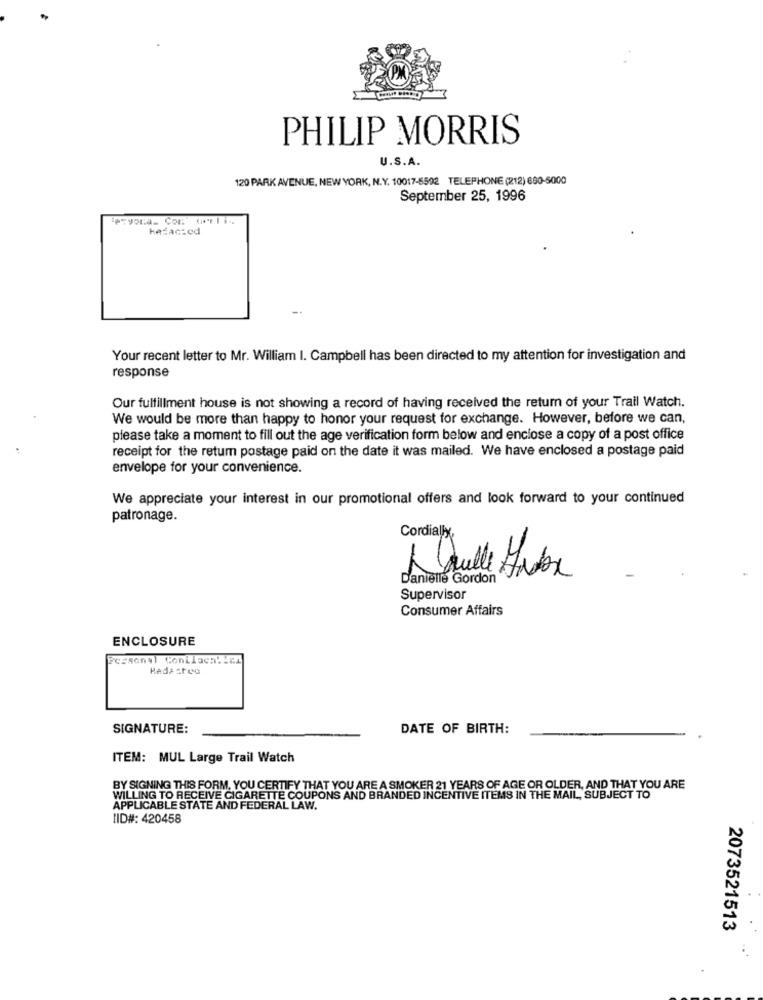
PHILIP MORRIS
U.S.A.
120 PARK AVENUE, NEW YORK, N.Y. 10017-6592 TELEPHONE (212) 680-5000
September 25, 1996
Your recent letter to Mr. William I. Campbell has been directed to my attention for investigation and
response
Our fulfillment house is not showing a record of having received the return of your Trail Watch.
We would be more than happy to honor your request for exchange. However, before we can,
please take a moment to fill out the age verification form below and enclose a copy of a post office
receipt for the retum postage paid on the date it was mailed. We have enclosed a postage paid
envelope for your convenience.
We appreciate your interest in our promotional offers and look forward to your continued
patronage.
Cordially,
Daulle Hvor
Danielle Gordon
Supervisor
Consumer Affairs
ENCLOSURE
Fcssonal Conilaca !! ez
SIGNATURE:
DATE OF BIRTH:
ITEM: MUL Large Trail Watch
BY SIGNING THIS FORM, YOU CERTIFY THAT YOU ARE A SMOKER 21 YEARS OF AGE OR OLDER, AND THAT YOU ARE
WILLING TO RECEIVE CIGARETTE COUPONS AND BRANDED INCENTIVE ITEMS IN THE MAIL, SUBJECT TO
APPLICABLE STATE AND FEDERAL LAW.
IID#: 420458
2073521513